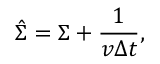
\hat { \Sigma } = \Sigma + \frac { 1 } { v \Delta t } ,